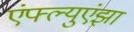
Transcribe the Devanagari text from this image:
एंफ्ल्युएंझा